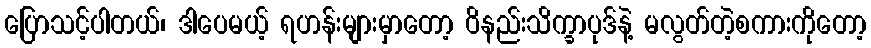
ပြောသင့်ပါတယ်၊ ဒါပေမယ့် ရဟန်းများမှာတော့ ဝိနည်းသိက္ခာပုဒ်နဲ့ မလွတ်တဲ့စကားကိုတော့